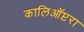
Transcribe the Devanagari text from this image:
कालिऑप्टरा